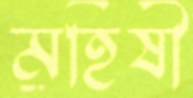
মহিষী